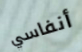
أنفاسي